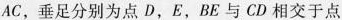
AC，垂足分别为点D，E，BE与CD相交于点